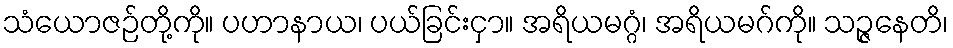
သံယောဇဉ်တို့ကို။ ပဟာနာယ၊ ပယ်ခြင်းငှာ။ အရိယမဂ္ဂံ၊ အရိယမဂ်ကို။ သဉ္ဇနေတိ၊